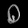
Digit: ၀